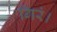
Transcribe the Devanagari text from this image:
गिरं।